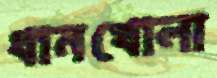
ধানখোলা